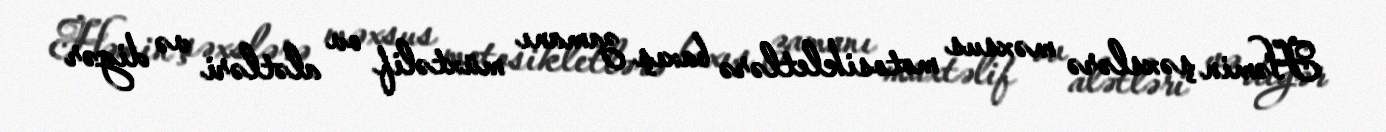
Həmin şəxslərə məxsus motosikletlərə baxış zamanı müxtəlif ov alətləri və digər